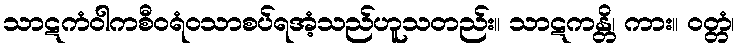
သာဋကံဝါကစီဝရံဝသာစပ်ရအံ့သည်ဟူသတည်း။ သာဋကန္တိ၊ ကား။ ဝတ္တံ၊